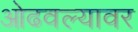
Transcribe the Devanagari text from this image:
ओढवल्यावर